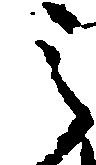
之